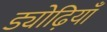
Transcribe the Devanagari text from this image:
ड्योढ़ियाँ